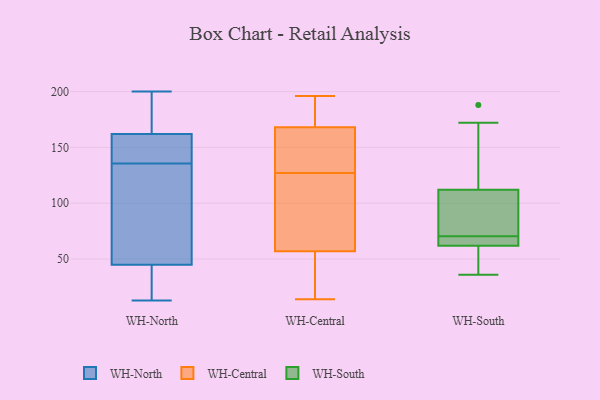
{"axis": {"x": "Headcount", "y": "Value"}, "legend": ["WH-Central", "WH-North", "WH-South"], "data": [{"x": "", "y": 97, "type": "WH-North"}, {"x": "", "y": 50, "type": "WH-North"}, {"x": "", "y": 36, "type": "WH-North"}, {"x": "", "y": 157, "type": "WH-North"}, {"x": "", "y": 40, "type": "WH-North"}, {"x": "", "y": 28, "type": "WH-North"}, {"x": "", "y": 193, "type": "WH-North"}, {"x": "", "y": 156, "type": "WH-North"}, {"x": "", "y": 32, "type": "WH-North"}, {"x": "", "y": 167, "type": "WH-North"}, {"x": "", "y": 155, "type": "WH-North"}, {"x": "", "y": 121, "type": "WH-North"}, {"x": "", "y": 140, "type": "WH-North"}, {"x": "", "y": 171, "type": "WH-North"}, {"x": "", "y": 131, "type": "WH-North"}, {"x": "", "y": 77, "type": "WH-North"}, {"x": "", "y": 200, "type": "WH-North"}, {"x": "", "y": 153, "type": "WH-North"}, {"x": "", "y": 187, "type": "WH-North"}, {"x": "", "y": 13, "type": "WH-North"}, {"x": "", "y": 141, "type": "WH-Central"}, {"x": "", "y": 166, "type": "WH-Central"}, {"x": "", "y": 75, "type": "WH-Central"}, {"x": "", "y": 111, "type": "WH-Central"}, {"x": "", "y": 149, "type": "WH-Central"}, {"x": "", "y": 145, "type": "WH-Central"}, {"x": "", "y": 113, "type": "WH-Central"}, {"x": "", "y": 37, "type": "WH-Central"}, {"x": "", "y": 183, "type": "WH-Central"}, {"x": "", "y": 193, "type": "WH-Central"}, {"x": "", "y": 101, "type": "WH-Central"}, {"x": "", "y": 36, "type": "WH-Central"}, {"x": "", "y": 170, "type": "WH-Central"}, {"x": "", "y": 196, "type": "WH-Central"}, {"x": "", "y": 14, "type": "WH-Central"}, {"x": "", "y": 39, "type": "WH-Central"}, {"x": "", "y": 58, "type": "WH-South"}, {"x": "", "y": 188, "type": "WH-South"}, {"x": "", "y": 64, "type": "WH-South"}, {"x": "", "y": 66, "type": "WH-South"}, {"x": "", "y": 62, "type": "WH-South"}, {"x": "", "y": 157, "type": "WH-South"}, {"x": "", "y": 110, "type": "WH-South"}, {"x": "", "y": 36, "type": "WH-South"}, {"x": "", "y": 81, "type": "WH-South"}, {"x": "", "y": 56, "type": "WH-South"}, {"x": "", "y": 62, "type": "WH-South"}, {"x": "", "y": 79, "type": "WH-South"}, {"x": "", "y": 71, "type": "WH-South"}, {"x": "", "y": 144, "type": "WH-South"}, {"x": "", "y": 172, "type": "WH-South"}, {"x": "", "y": 70, "type": "WH-South"}, {"x": "", "y": 112, "type": "WH-South"}, {"x": "", "y": 43, "type": "WH-South"}]}